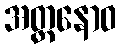
အတ္တနောဝ